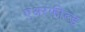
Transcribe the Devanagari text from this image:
एअरफील्ड